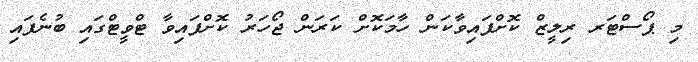
މި ޕޯސްޓަރ ރިލީޒް ކޮށްފައިވާކަން ހާމަކޮށް ކަރަން ޖޯހަރު ކޮށްފައިވާ ޓްވީޓްގައި ބުނެފައި